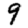
Digit: 9